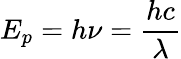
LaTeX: E_{p}=h\nu={\frac{hc}{\lambda}}